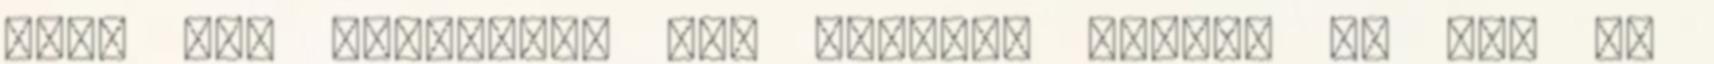
mert nem használta fel nyerjen inkább ő: Uhh ez